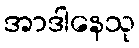
အာဒါနေသု